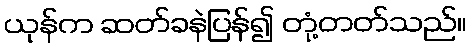
ယုန်က ဆတ်ခနဲပြန်၍ တုံ့တတ်သည်။